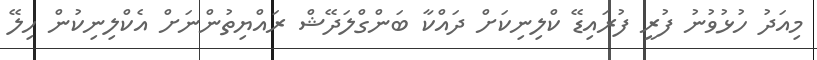
މިއަދު ހުޅުވުނު ފުރީ ފުރައިޑޭ ކްލިނިކަށް ދައްކާ ބަންގްލަދޭޝް ރައްޔިތުންނަށް އެކްލިނިކުން ހިލޭ